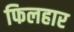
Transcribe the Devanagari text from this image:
फिलहार